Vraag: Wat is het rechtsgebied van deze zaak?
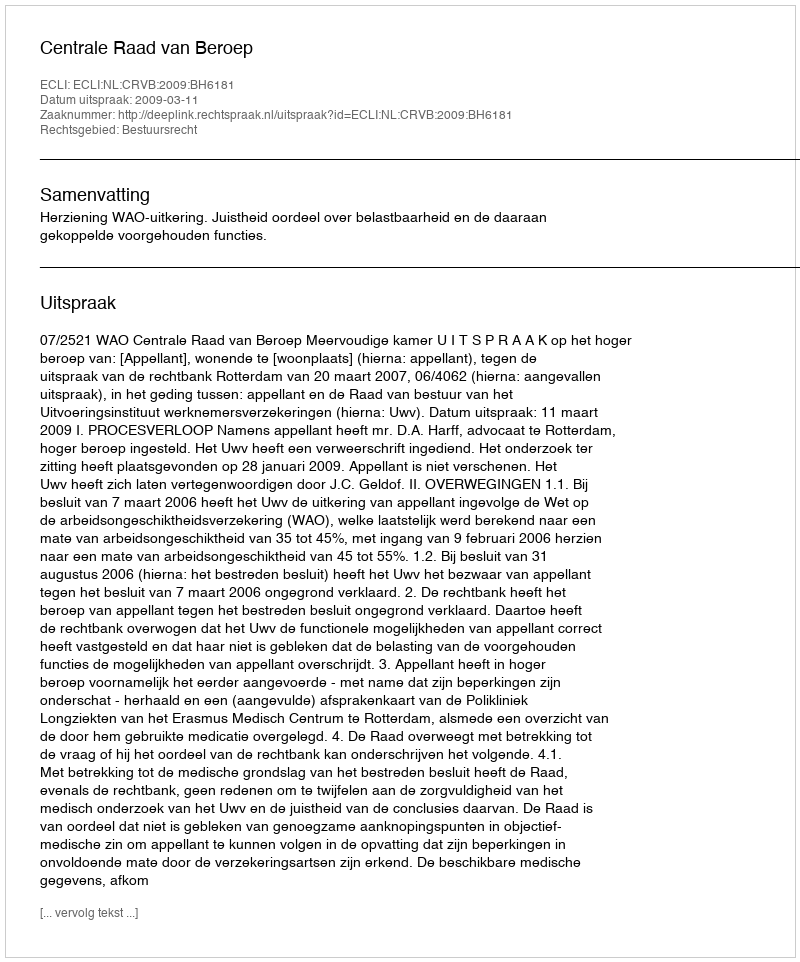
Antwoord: Bestuursrecht